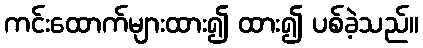
ကင်းထောက်များထား၍ ထား၍ ပစ်ခဲ့သည်။